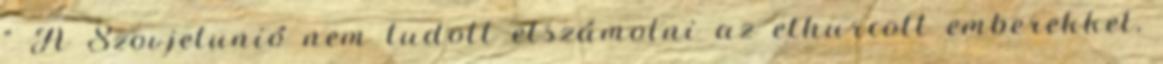
” A Szovjetunió nem tudott elszámolni az elhurcolt emberekkel,